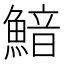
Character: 𩹎